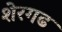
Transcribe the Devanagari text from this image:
शेरगढ